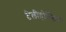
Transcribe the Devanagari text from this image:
टेलीहोल्डिंग